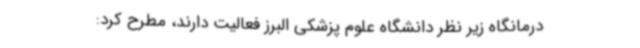
درمانگاه زیر نظر دانشگاه علوم پزشکی البرز فعالیت دارند، مطرح کرد: